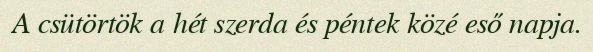
A csütörtök a hét szerda és péntek közé eső napja.